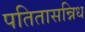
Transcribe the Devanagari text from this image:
पतितासन्निध